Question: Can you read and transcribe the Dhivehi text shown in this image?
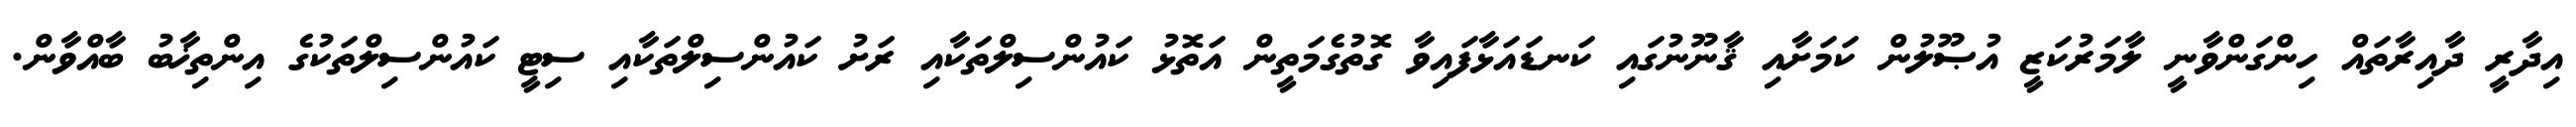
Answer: އިދާރީ ދާއިރާތައް ހިންގަންވާނީ ލާމަރުކަޒީ އުޞޫލުން ކަމަށާއި ޤާނޫނުގައި ކަނޑައަޅާފައިވާ ގޮތުގެމަތީން އަތޮޅު ކައުންސިލްތަކާއި ރަށު ކައުންސިލްތަކާއި ސިޓީ ކައުންސިލްތަކުގެ އިންތިޚާބު ބާއްވާން.